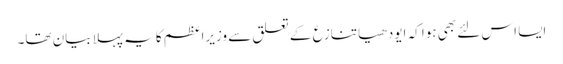
ایسا اس لئے بھی ہوا کہ ایودھیا تنازع کے تعلق سے وزیراعظم کا یہ پہلا بیان تھا۔